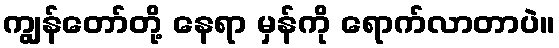
ကျွန်တော်တို့ နေရာ မှန်ကို ရောက်လာတာပဲ။